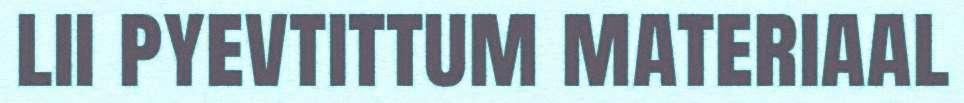
lii pyevtittum materiaal